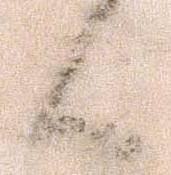
候